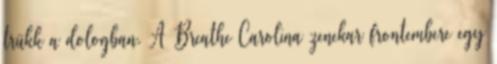
trükk a dologban. A Breathe Carolina zenekar frontembere egy